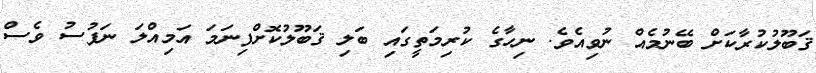
ޤަބޫލުކުރާކަށް ބޭނުމެއް ނުވިއެވެ. ނިހާގެ ކުރިމަތީގައި ބަލި ޤަބޫލުކޮށްފިނަމަ އަމިއްލަ ނަފުސު ވެސް